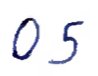
Text: 05
Cross-out: clean
Writing tool: ballpoint